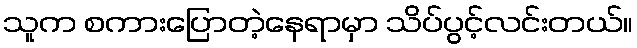
သူက စကားပြောတဲ့နေရာမှာ သိပ်ပွင့်လင်းတယ်။